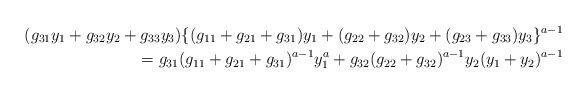
LaTeX: \begin{align*}(g_{31}y_1+g_{32}y_2+g_{33}y_3)\{(g_{11}+g_{21}+g_{31})y_1+(g_{22}+g_{32})y_2+(g_{23}+g_{33})y_3\}^{a-1}\\=g_{31}(g_{11}+g_{21}+g_{31})^{a-1}y_1^a+g_{32}(g_{22}+g_{32})^{a-1}y_2(y_1+y_2)^{a-1}\end{align*}